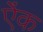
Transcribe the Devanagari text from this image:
ऐंक